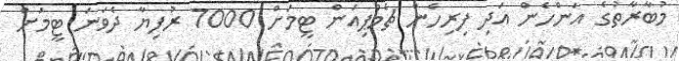
މުބާރާތުގެ އަންހެން އަދި ފިރިހެން ޗެމްޕިއަން ޓީމަށް 7000 ރުފިޔާ ދެވަނަ ޓީމަށް